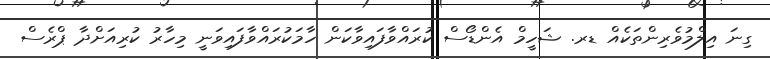
ގިނަ އިލްމުވެރިންތަކެއް ޑރ. ޝަހީމް އެންޑޯސް ކުރައްވާފައިވާކަން ހާމަކުރައްވާފައިވަނީ މިހާރު ކުރިއަށްދާ ޕްރެސް